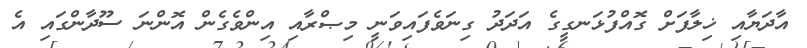
އާދަޔާއި ޚިލާފަށް ގޮއްފުޅަނގީގެ އަދަދު ގިނަވެފައިވަނީ މިޞްރާއި އިންވެގެން އޮންްނަ ސޫދާންގައި އެ